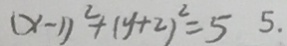
( x - 1 ) ^ { 2 } + ( y + 2 ) ^ { 2 } = 5 5 .